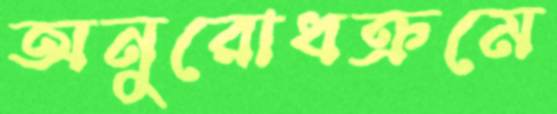
অনুরোধক্রমে